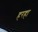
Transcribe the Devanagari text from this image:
हरहा